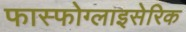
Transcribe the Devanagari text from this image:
फास्फोग्लाइसेरिक